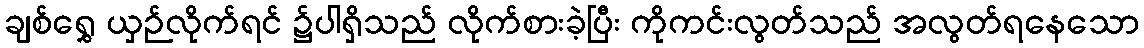
ချစ်ရွှေ ယှဉ်လိုက်ရင် ၌ပါရှိသည် လိုက်စားခဲ့ပြီး ကိုကင်းလွတ်သည် အလွတ်ရနေသော